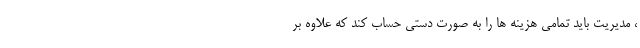
، مدیریت باید تمامی هزینه ها را به صورت دستی حساب کند که علاوه بر